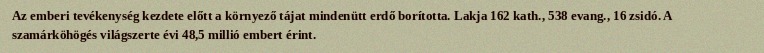
Az emberi tevékenység kezdete előtt a környező tájat mindenütt erdő borította. Lakja 162 kath., 538 evang., 16 zsidó. A szamárköhögés világszerte évi 48,5 millió embert érint.